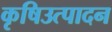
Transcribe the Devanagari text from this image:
कृषिउत्पादन